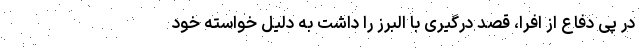
در پی دفاع از افرا، قصد درگیری با البرز را داشت به دلیل خواسته خود